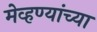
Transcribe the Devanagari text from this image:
मेव्हण्यांच्या